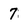
Character: 7